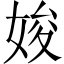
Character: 㛖